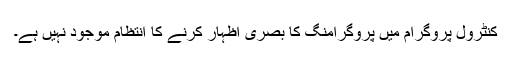
کنٹرول پروگرام میں پروگرامنگ کا بصری اظہار کرنے کا انتظام موجود نہیں ہے۔